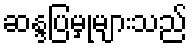
ဆန္ဒပြမှုများသည်